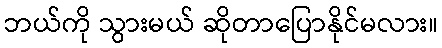
ဘယ်ကို သွားမယ် ဆိုတာပြောနိုင်မလား။